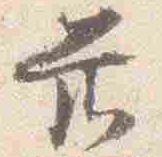
前